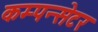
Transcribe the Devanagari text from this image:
कम्पन्सेटर